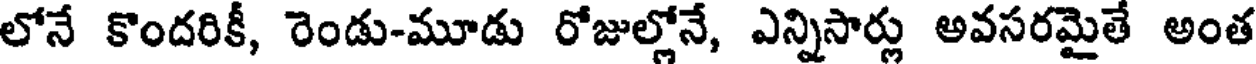
లోనే కొందరికీ, రెండు-మూడు రోజుల్లోనే, ఎన్నిసార్లు అవసరమైతే అంత